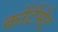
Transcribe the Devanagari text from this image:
कोंटैंमेंट